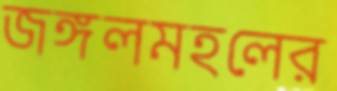
জঙ্গলমহলের